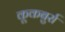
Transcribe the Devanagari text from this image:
कूकबुर्रा